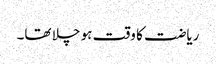
ریاضت کا وقت ہو چلا تھا۔